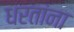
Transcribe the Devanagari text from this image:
धरतांना